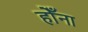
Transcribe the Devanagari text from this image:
होँना